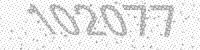
Solution: 102077